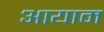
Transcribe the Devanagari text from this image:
अायाम